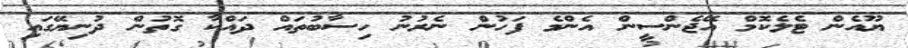
ޔޫއެން ޓެލެކޮމް އޭޖެންސީން އެންމެ ފަހުން ނެރުނު ހިސާބުތައް ދައްކާ ގޮތުން ދުނިޔޭގައި